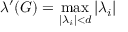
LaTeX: \lambda ^ { \prime } ( G ) = \operatorname* { m a x } _ { | \lambda _ { i } | < d } | \lambda _ { i } |